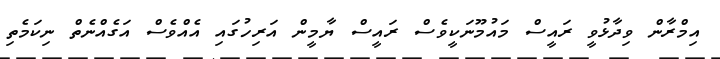
އިމްރާން ވިދާޅުވީ ރައީސް މައުމޫނަކީވެސް ރައީސް ޔާމީން އަރިހުގައި އެއްވެސް އަގެއްނެތް ނިކަމެތި